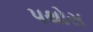
પથોસ